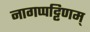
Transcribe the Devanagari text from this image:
नागप्पट्टिणम्